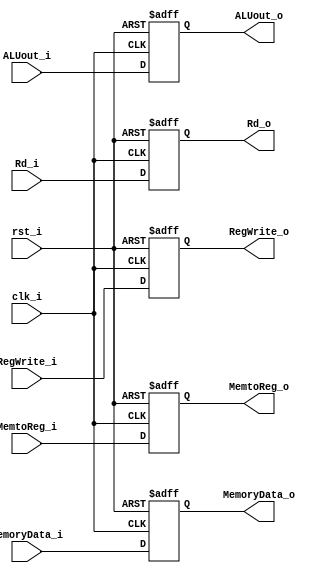
module Pipeline_MEM_WB(
    clk_i,
    rst_i,
    MemoryData_i,
    ALUout_i,
    Rd_i,
    RegWrite_i,
    MemtoReg_i,

    MemoryData_o,
    ALUout_o,
    Rd_o,
    RegWrite_o,
    MemtoReg_o,
);

    input clk_i, rst_i;
    input [31:0] ALUout_i, MemoryData_i;
    output reg [31:0] ALUout_o, MemoryData_o;

    input [4:0] Rd_i;    
    output reg [4:0] Rd_o;

    input RegWrite_i, MemtoReg_i;
    output reg RegWrite_o, MemtoReg_o;

    always@(posedge clk_i or negedge rst_i)
    if (~rst_i)
    begin
        ALUout_o <= 32'b0;
        MemoryData_o <= 32'b0;
        Rd_o <= 32'b0;
        RegWrite_o <= 0;
        MemtoReg_o <= 0;
    end
    else
    begin
        ALUout_o <= ALUout_i;
        MemoryData_o <= MemoryData_i;
        Rd_o <= Rd_i;
        RegWrite_o <= RegWrite_i;
        MemtoReg_o <= MemtoReg_i;
    end

endmodule